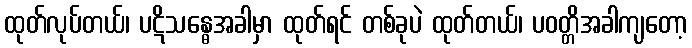
ထုတ်လုပ်တယ်၊ ပဋိသန္ဓေအခါမှာ ထုတ်ရင် တစ်ခုပဲ ထုတ်တယ်၊ ပဝတ္တိအခါကျတော့